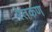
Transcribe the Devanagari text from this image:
रेतकण